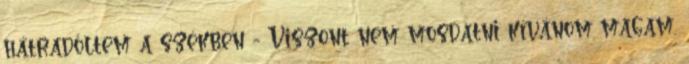
hátradőltem a székben - Viszont nem mosdatni kívánom magam.